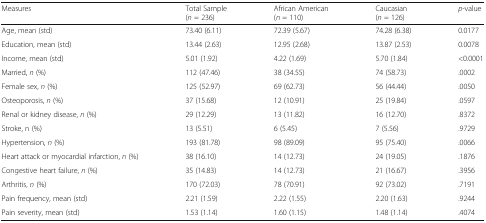
<table><thead><tr><td><b>Measures</b></td><td><b>Total Sample(<i>n</i> = 236)</b></td><td><b>African American (<i>n</i> = 110)</b></td><td><b>Caucasian(<i>n</i> = 126)</b></td><td><b><i>p</i>-value</b></td></tr></thead><tbody><tr><td>Age, mean (std)</td><td>73.40 (6.11)</td><td>72.39 (5.67)</td><td>74.28 (6.38)</td><td>0.0177</td></tr><tr><td>Education, mean (std)</td><td>13.44 (2.63)</td><td>12.95 (2.68)</td><td>13.87 (2.53)</td><td>0.0078</td></tr><tr><td>Income, mean (std)</td><td>5.01 (1.92)</td><td>4.22 (1.69)</td><td>5.70 (1.84)</td><td>&lt;0.0001</td></tr><tr><td>Married, <i>n</i> (%)</td><td>112 (47.46)</td><td>38 (34.55)</td><td>74 (58.73)</td><td>.0002</td></tr><tr><td>Female sex, <i>n</i> (%)</td><td>125 (52.97)</td><td>69 (62.73)</td><td>56 (44.44)</td><td>.0050</td></tr><tr><td>Osteoporosis, <i>n</i> (%)</td><td>37 (15.68)</td><td>12 (10.91)</td><td>25 (19.84)</td><td>.0597</td></tr><tr><td>Renal or kidney disease, <i>n</i> (%)</td><td>29 (12.29)</td><td>13 (11.82)</td><td>16 (12.70)</td><td>.8372</td></tr><tr><td>Stroke, n (%)</td><td>13 (5.51)</td><td>6 (5.45)</td><td>7 (5.56)</td><td>.9729</td></tr><tr><td>Hypertension, <i>n</i> (%)</td><td>193 (81.78)</td><td>98 (89.09)</td><td>95 (75.40)</td><td>.0066</td></tr><tr><td>Heart attack or myocardial infarction, <i>n</i> (%)</td><td>38 (16.10)</td><td>14 (12.73)</td><td>24 (19.05)</td><td>.1876</td></tr><tr><td>Congestive heart failure, <i>n</i> (%)</td><td>35 (14.83)</td><td>14 (12.73)</td><td>21 (16.67)</td><td>.3956</td></tr><tr><td>Arthritis, <i>n</i> (%)</td><td>170 (72.03)</td><td>78 (70.91)</td><td>92 (73.02)</td><td>.7191</td></tr><tr><td>Pain frequency, mean (std)</td><td>2.21 (1.59)</td><td>2.22 (1.55)</td><td>2.20 (1.63)</td><td>.9244</td></tr><tr><td>Pain severity, mean (std)</td><td>1.53 (1.14)</td><td>1.60 (1.15)</td><td>1.48 (1.14)</td><td>.4074</td></tr></tbody></table>